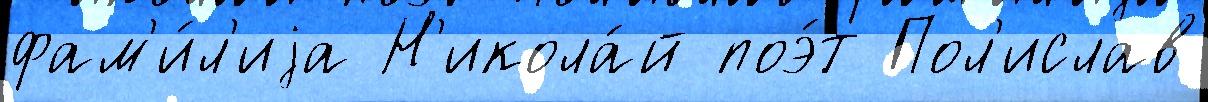
фам'и́л'иjа Н'икола́й поэ́т Пол'ислав